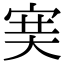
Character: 𡨏